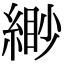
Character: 緲